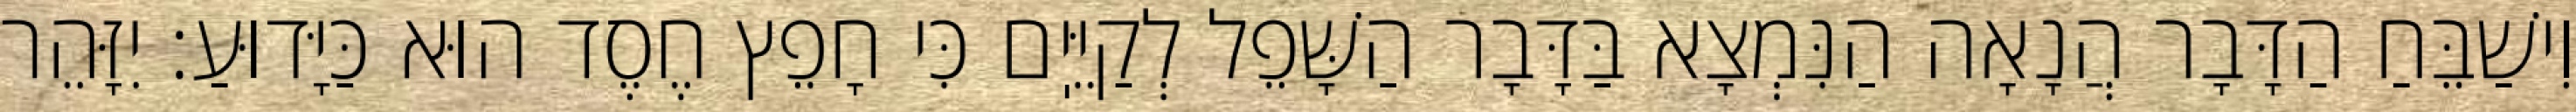
וִישַׁבֵּחַ הַדָּבָר הֲנָאָה הַנִּמְצָא בַּדָּבָר הַשָּׁפֵל לְקַיֵּיֽם כִּי חָפֵץ חֶסֶד הוּא כַּיָּדוּעַ: יִזָּהֵר